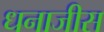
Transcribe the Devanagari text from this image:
धनाजीस